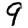
Digit: 9